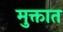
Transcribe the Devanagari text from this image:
मुक्तात